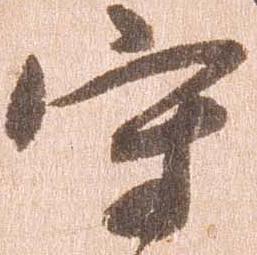
守